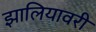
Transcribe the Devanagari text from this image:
झालियावरी